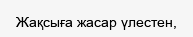
Жақсыға жасар үлестен,